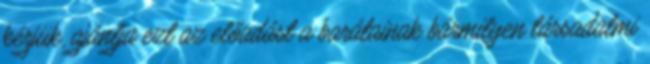
kérjük, ajánlja ezt az előadást a barátainak bármilyen társadalmi